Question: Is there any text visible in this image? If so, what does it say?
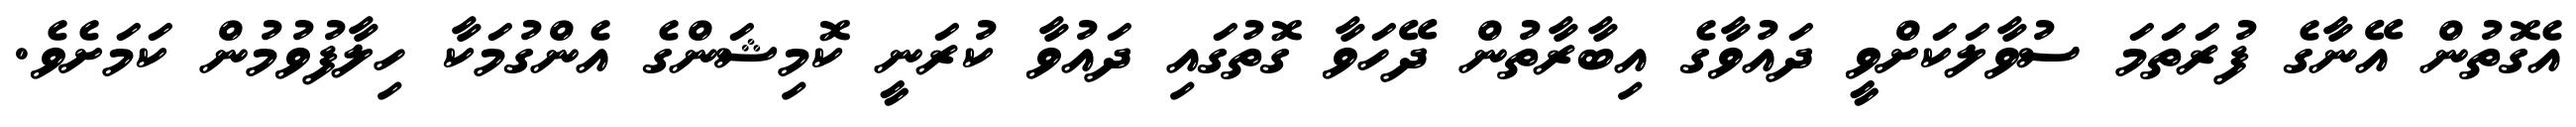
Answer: އެގޮތުން އޭނާގެ ފުރަތަމަ ސުވާލަކަށްވީ ދައުވާގެ އިބާރާތުން ދޭހަވާ ގޮތުގައި ދައުވާ ކުރަނީ ކޮމިޝަންގެ އެންގުމަކާ ހިލާފުވުމުން ކަމަށެވެ.